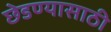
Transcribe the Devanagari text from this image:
छेडण्यासाठी